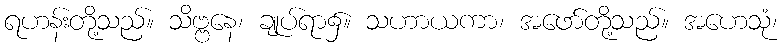
ရဟန်းတို့သည်။ သိဗ္ဗနေ၊ ချုပ်ရာ၌။ သဟာယကာ၊ အဖော်တို့သည်။ အဟေသုံ၊